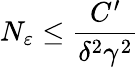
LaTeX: N_{\varepsilon}\leq\frac{C^{\prime}}{\delta^{2}\gamma^{2}}